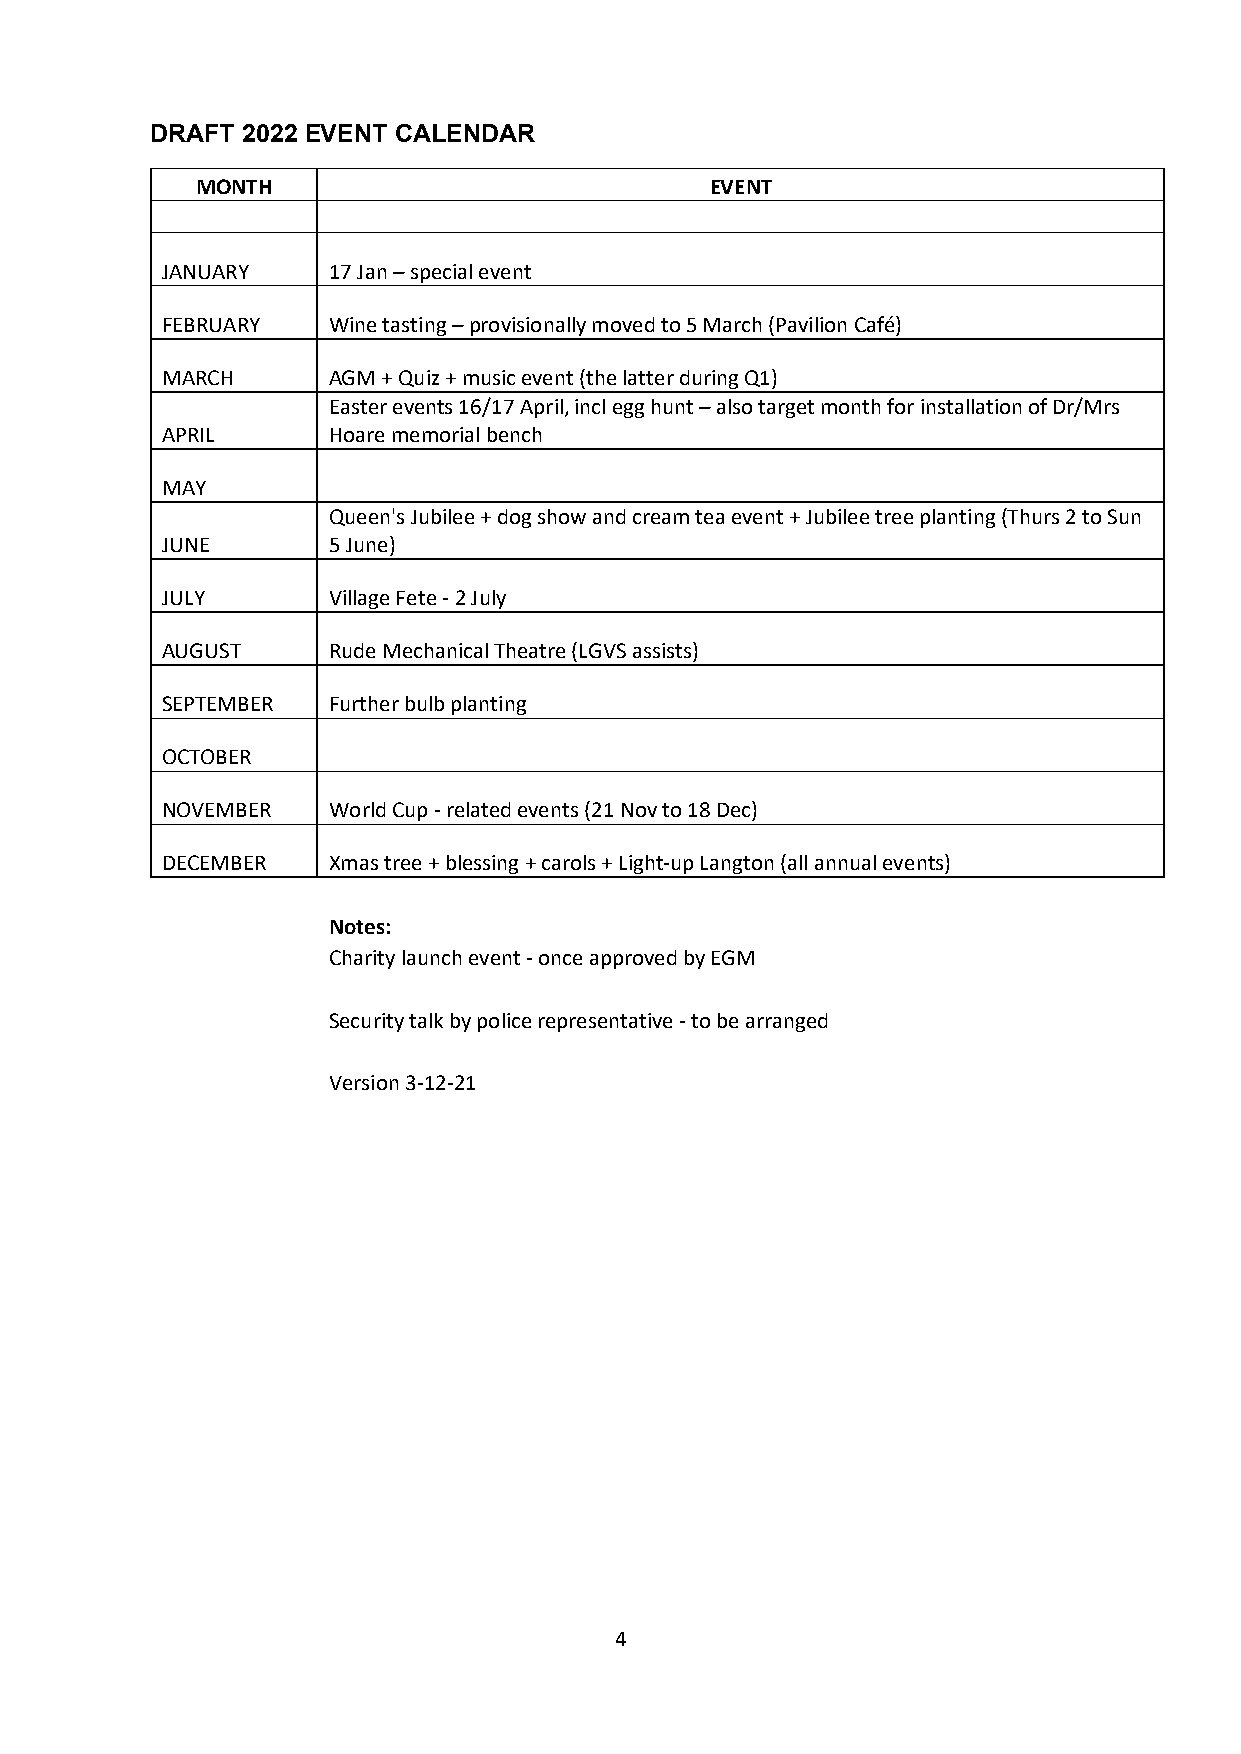
DRAFT 2022 EVENT CALENDAR
 MONTH                             EVENT
 JANUARY    17 Jan – special event
 FEBRUARY   Wine tasting – provisionally moved to 5 March (Pavilion Café)
 MARCH      AGM + Quiz + music event (the latter during Q1)
 Easter events 16/17 April, incl egg hunt – also target month for installation of Dr/Mrs
 APRIL      Hoare memorial bench
 MAY
 Queen's Jubilee + dog show and cream tea event + Jubilee tree planting (Thurs 2 to Sun
 JUNE       5 June)
 JULY       Village Fete - 2 July
 AUGUST     Rude Mechanical Theatre (LGVS assists)
 SEPTEMBER  Further bulb planting
 OCTOBER
 NOVEMBER   World Cup - related events (21 Nov to 18 Dec)
 DECEMBER   Xmas tree + blessing + carols + Light-up Langton (all annual events)
 Notes:
 Charity launch event - once approved by EGM
 Security talk by police representative - to be arranged
 Version 3-12-21
 4